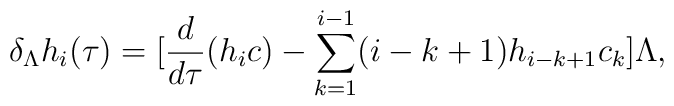
\delta_{\Lambda}h_{i}(\tau)=[\frac{d}{d \tau}(h_{i}c)-\sum_{k=1}^{i-1} (i-k+1) h_{i-k+1} c_{k}] \Lambda,